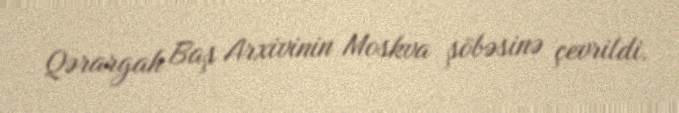
Qərargah Baş Arxivinin Moskva şöbəsinə çevrildi.